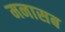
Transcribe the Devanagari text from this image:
मनासब